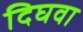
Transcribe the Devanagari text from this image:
दिघवा